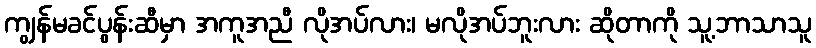
ကျွန်မခင်ပွန်းဆီမှာ အကူအညီ လိုအပ်လား၊ မလိုအပ်ဘူးလား ဆိုတာကို သူ့ဘာသာသူ